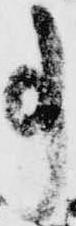
事